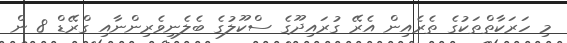
މި ހަރަކާތްތަކުގެ ތެރެއިން އެރޭ ގުރައިދޫގެ ސްކޫލުގެ ބެލެނިވެރިންނާއި ގްރޭޑް 8 ން